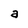
Character: a